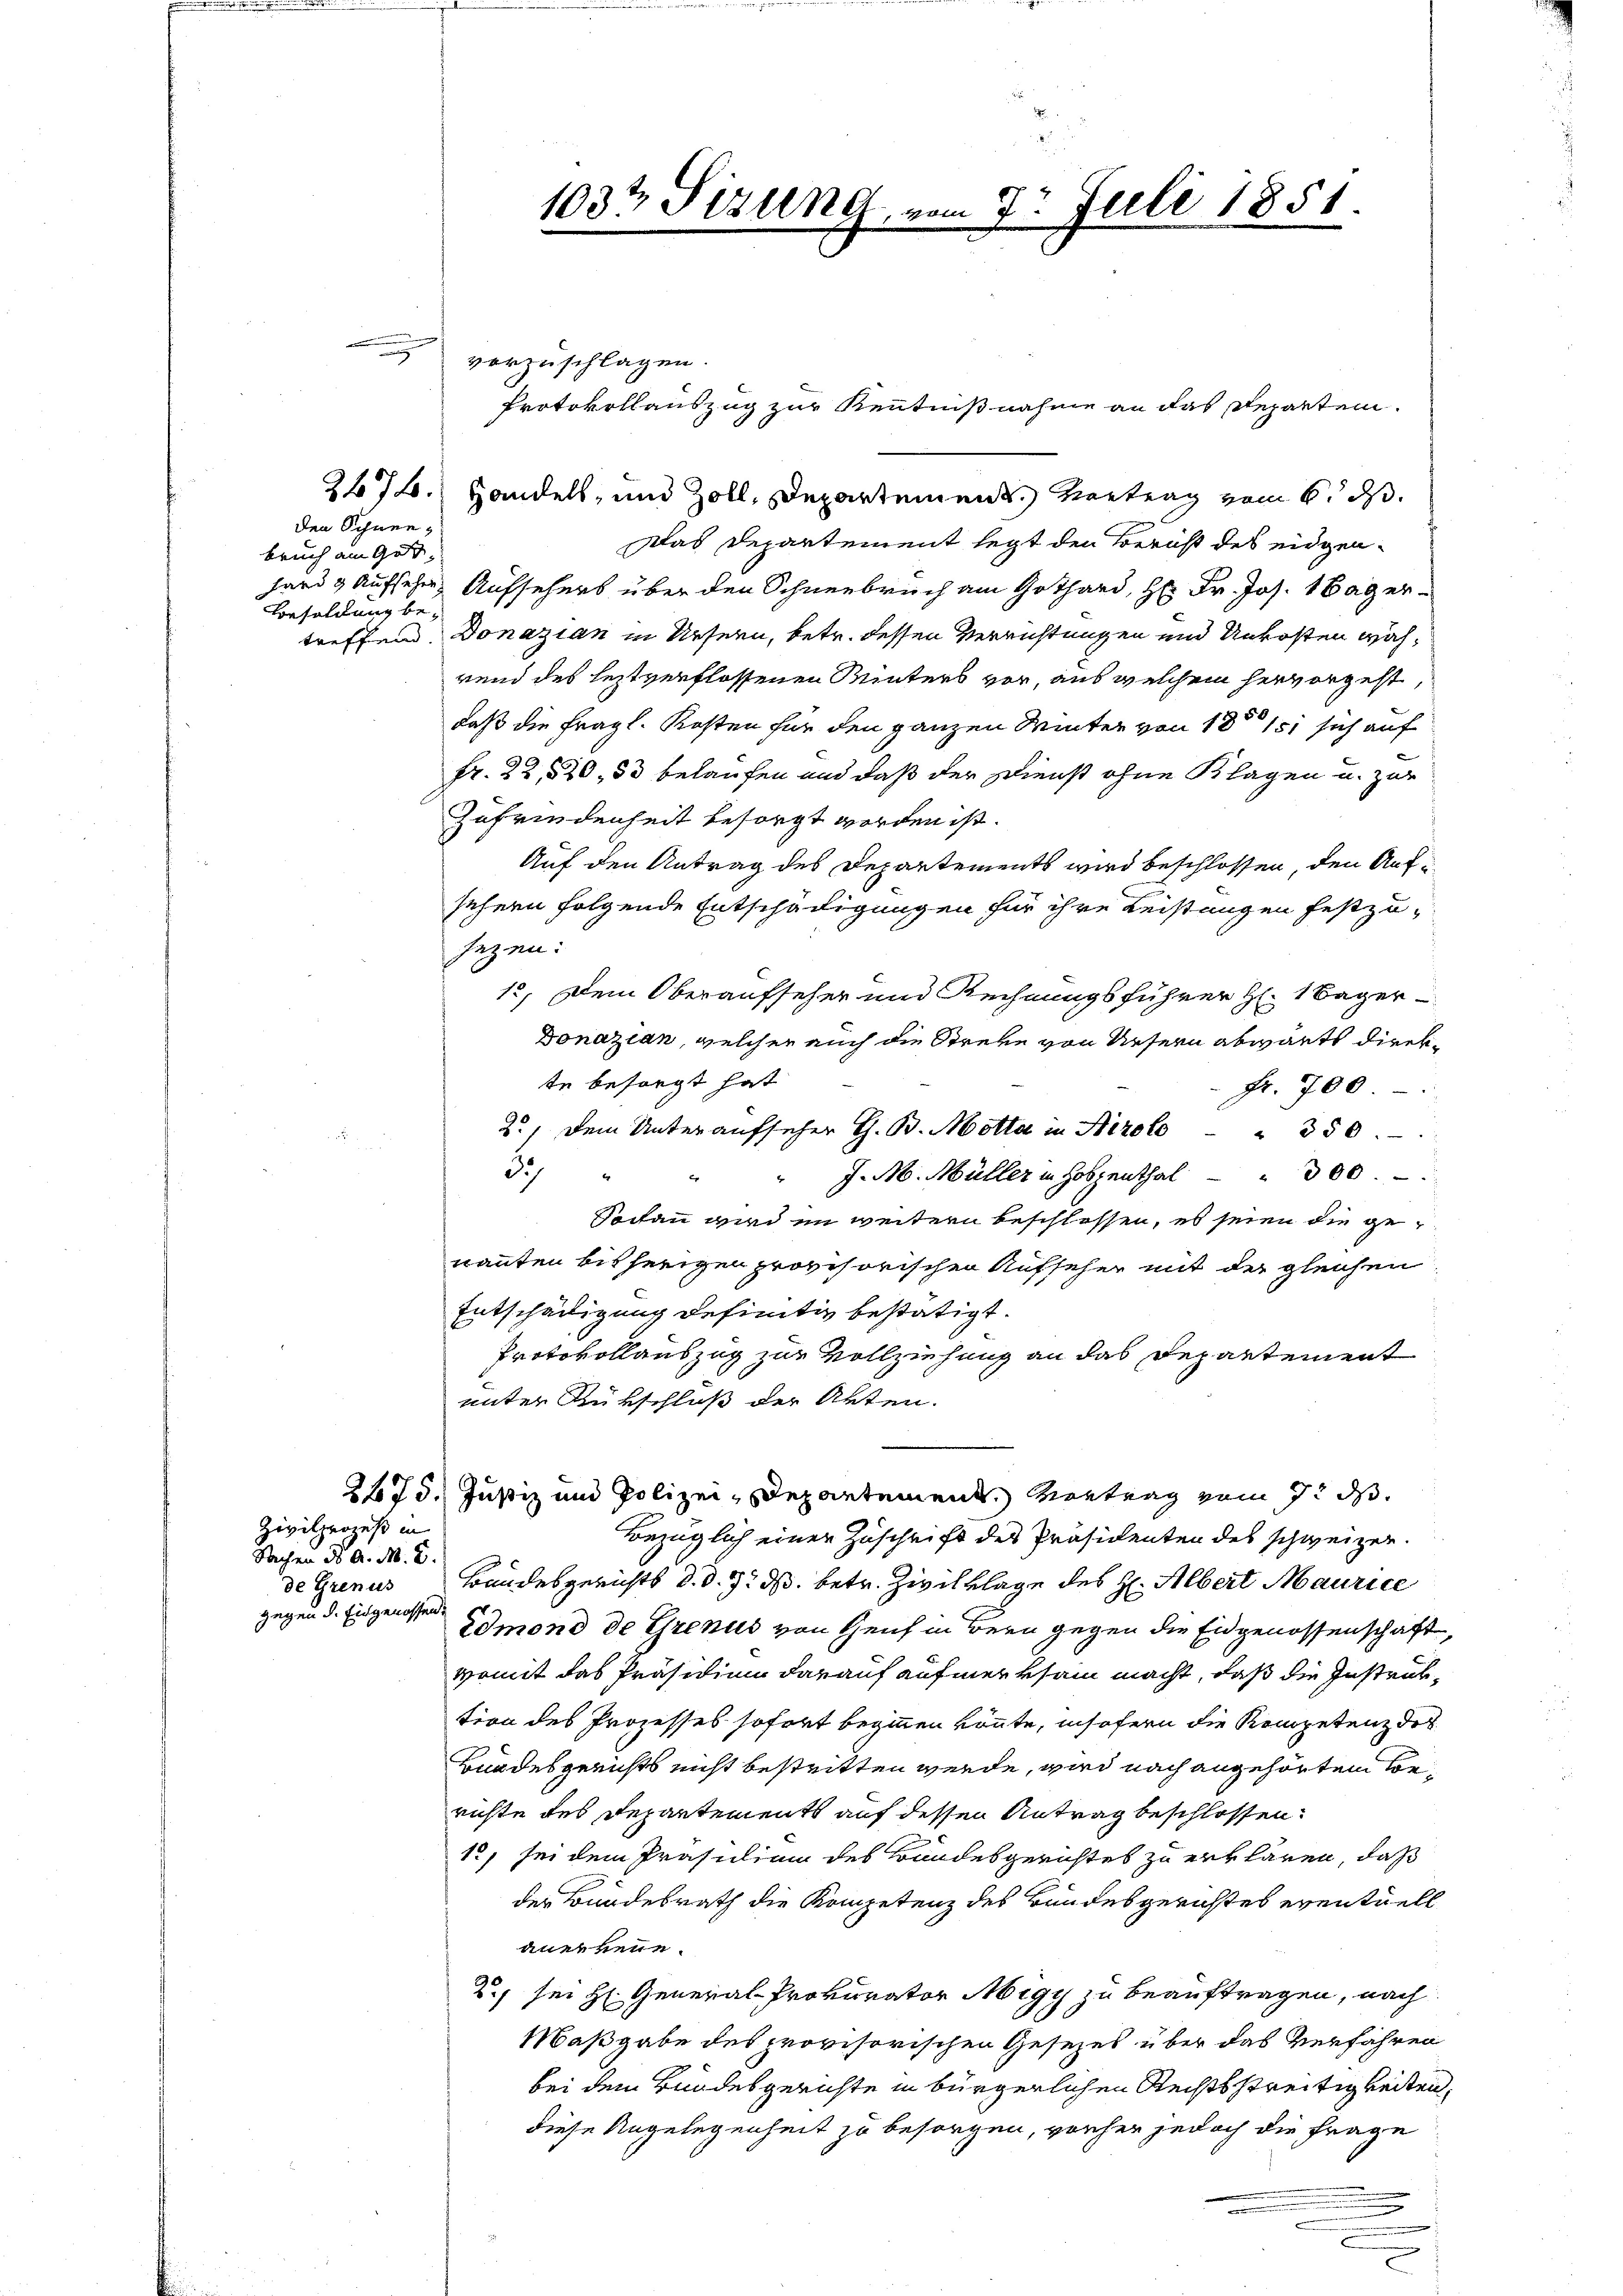
den Schneebruch am Gut¬
Besoldung be¬

Zivilprozeß in
Sachen ds A. M. D.
de Grenus

n
vorzuschlagen.
2672. Handels, und Zoll, Departement. Vortrag vom 6. ds.
Das Departement legt den Bericht des eidgenhard & Aufsehen Aufsehers über den Schneebruch am Gothard, H: Dr. Jos. 1 Tag ertreffend. Donazian in Ursern, betr. dessen Verrichtungen und Unkosten während des leztverflossenen Minters vor, aus welchem hervorgeht,
9
daß die fragl. Kosten für den ganzen Winter von 1815, sich auf
fr. 22, 820, 50 belaufen und daß der Dienst ohne Klagen u. zur
Zufriedenheit besorgt worden ist.
Auf den Antrag des Departements wird beschlossen, den Aufsehnen folgende Entschädigungen für ihre Leistungen festzusezen:
12. Dem Oberaufseher und Rechnungsführer H: Mager
Donazian, welcher auch die Streke von Unsern abwärts direkte besorgt hat
Fr. 700
2.) Dem Unter aufseher G. B. Motta in Airolo " 350.
33)
J. M. Müller in Hobpenthal 300
e
Sochann wird im weitern beschlossen, es seien die genannten bisherigen provisorischen Aufseher mit der gleichen
Entschädigung definitiv bestätigt.
Protokollauszug zur Vollziehung an das Departement
unter Rükschluß der Arten.
2475. Justiz und Polizei-Departement. Vortrag vom 7. ds.
Bezüglich einer Zuschrift des Präsidenten des schweizer.
Bandesgerichts d. d. 7. ds. betr. Zivilklage des H: Albert Maurice
gegen d. Eingenossen.
Edmond de Grenus von Reich in Bern gegen die Eidgenossenschaft
womit das Präsidium darauf aufmerksam macht, daß die Instruktion des Prozesses sofort beginnen könnte, insofern die Kompetenz dor
Bundesgerichts nicht bestritten werde, wird nach angehörten Konrichte des Departements auf dessen Antrag beschlossen:
12, sei dem Präsilium des Bundesgerichtes zu erklären, daß
der Bundesrath die Kompetenz des Bundesgerichtes eventuell
anerkenne.
2., sei H. General-Prokurator Migy zu beauftragen, nach
Maßgabe des provisorischen Gesezes über das Verfahren
bei dem Bundesgerichte in bürgerlichen Rechtsstreitigkeiten,
diese Angelegenheit zu besorgen, vorher jedoch die Frage
a
.

1032 Sizung, vom 9. Juli 1851
.

Protokollauszug zur Kenntnißnahme an das Reparten.